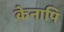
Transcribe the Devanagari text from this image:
केनापि